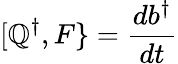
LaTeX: [\mathbb{Q}^{\dagger},F\} ={\frac{{db^{\dagger}}}{{dt}}}